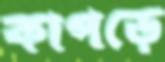
কাপড়ে